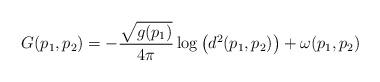
LaTeX: \begin{align*}G(p_1,p_2) = - \frac{\sqrt{g(p_1) }}{4 \pi} \log \left(d^2(p_1,p_2) \right) + \omega(p_1,p_2)\end{align*}